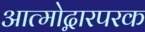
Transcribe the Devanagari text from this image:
आत्मोद्गारपरक